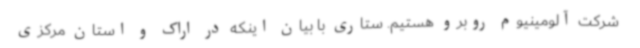
شرکت آلومینیوم روبرو هستیم. ستاری با بیان اینکه در اراک و استان مرکزی